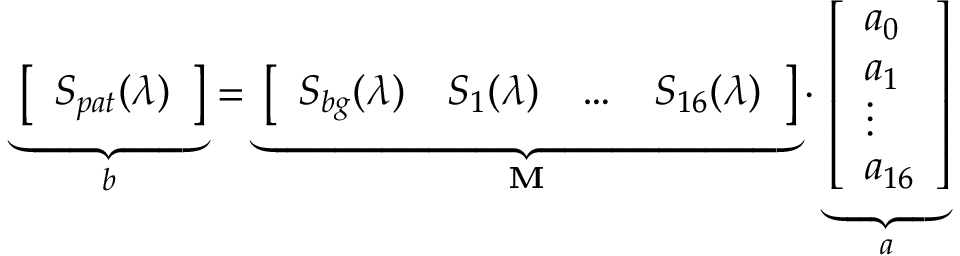
\underbrace { \left[ \begin{array} { l } { S _ { p a t } ( \lambda ) } \end{array} \right] } _ { b } = \underbrace { \left[ \begin{array} { l l l l } { S _ { b g } ( \lambda ) } & { S _ { 1 } ( \lambda ) } & { \ldots } & { S _ { 1 6 } ( \lambda ) } \end{array} \right] } _ { \textbf { M } } \cdot \underbrace { \left[ \begin{array} { l } { a _ { 0 } } \\ { a _ { 1 } } \\ { \vdots } \\ { a _ { 1 6 } } \end{array} \right] } _ { a }